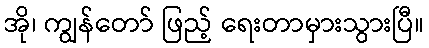
အို၊ ကျွန်တော် ဖြည့် ရေးတာမှားသွားပြီ။